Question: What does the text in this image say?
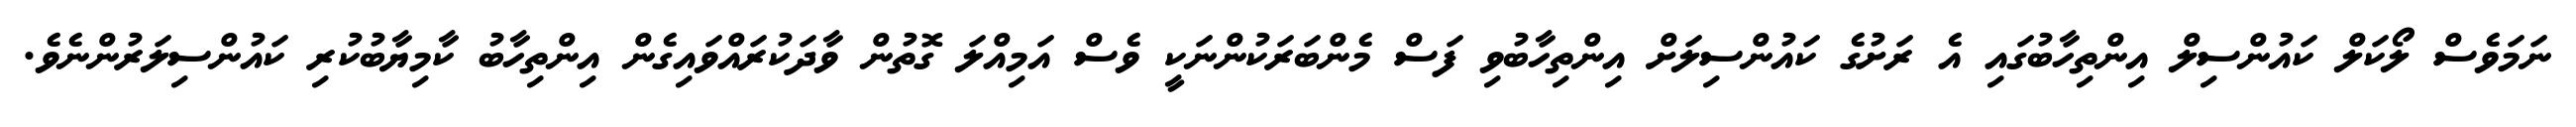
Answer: ނަމަވެސް ލޯކަލް ކައުންސިލް އިންތިހާބުގައި އެ ރަށުގެ ކައުންސިލަށް އިންތިހާބުވި ފަސް މެންބަރަކުންނަކީ ވެސް އަމިއްލަ ގޮތުން ވާދަކުރައްވައިގެން އިންތިހާބު ކާމިޔާބުކުރި ކައުންސިލަރުންނެވެ.